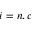
i = n , c